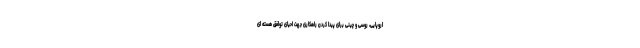
اروپایی، روسی و چینی برای پیدا کردن راهکاری جهت احیای توافق هسته ای